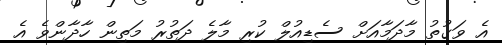
އެ ވަގުތު މާދަމާއަށް ސެޑިއުލް ކުރި މާލެ ދަތުރު މަތިން ހާދާންވެ އެ